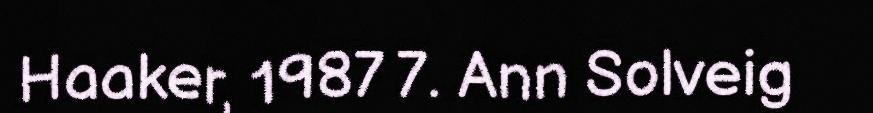
Haaker, 1987 7. Ann Solveig